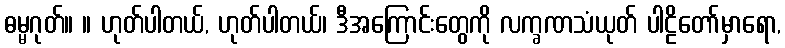
ဓမ္မဂုတ်။ ။ ဟုတ်ပါတယ်, ဟုတ်ပါတယ်၊ ဒီအကြောင်းတွေကို လက္ခဏသံယုတ် ပါဠိတော်မှာရော,